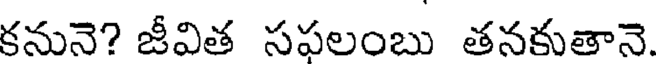
కనునె? జీవిత సఫలంబు తనకుతానె